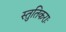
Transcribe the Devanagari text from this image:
स्तुतिकराः